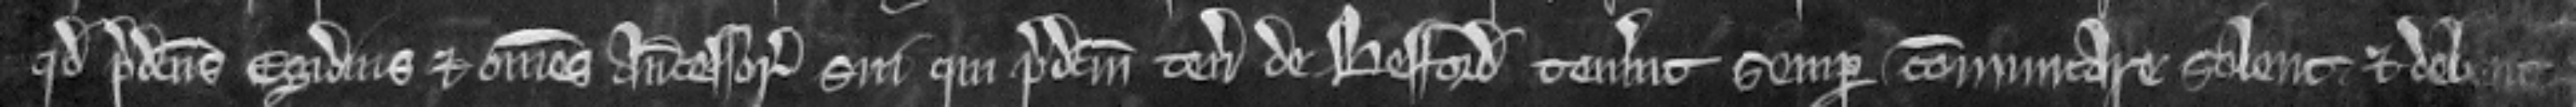
quod predictus Egidius et omnes antecessores sui qui predictum tenementum de Besford tenuerunt semper communicare solent et debent